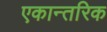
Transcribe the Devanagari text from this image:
एकान्तरिक